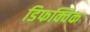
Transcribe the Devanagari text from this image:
डिफक्विक